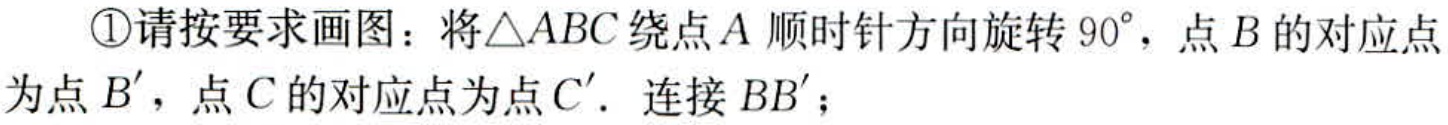
\textcircled{1}请按要求画图：将\(\triangle ABC\)绕点\(A\)顺时针方向旋转\(90^{\circ}\)，点\(B\)的对应点为点\(B'\)，点\(C\)的对应点为点\(C'\). 连接\(BB'\)；